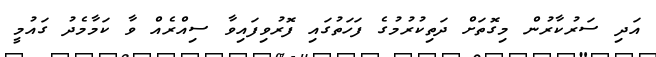
އަދި ސަރުކާރުން މިގޮތަށް ދަތިކުރުމުގެ ފަހަތުގައި ފޮރުވިފައިވާ ސިއްރެއް ވާ ކަމާމެދު ގައުމީ